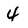
Character: 4